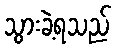
သွားခဲ့ရသည်